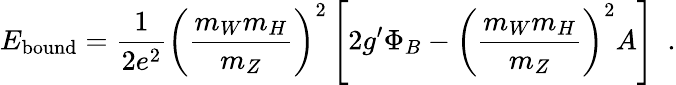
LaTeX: E_{\mathrm{bound}}=\frac{1}{2e^{2}}\left(\frac{m_{W}m_{H}}{m_{Z}}\right)^{2}\left[2g^{\prime}\Phi_{B}-\left(\frac{m_{W}m_{H}}{m_{Z}}\right)^{2}A\right]~~.